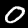
Digit: 0